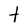
Character: t